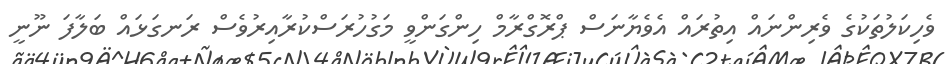
ވެހިކަލުތަކުގެ ވެރިންނައް އިތުރައް އެވެޔާނަސް ޕްރޮގްރާމް ހިންގަންވީ މަގުހުރަސްކުރާއިރުވެސް ރަނގަޅައް ބަލާފަ ނޫނީ